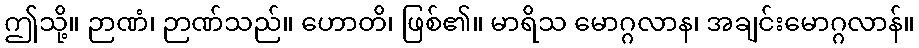
ဤသို့။ ဉာဏံ၊ ဉာဏ်သည်။ ဟောတိ၊ ဖြစ်၏။ မာရိသ မောဂ္ဂလာန၊ အချင်းမောဂ္ဂလာန်။